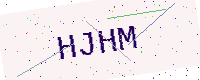
Text: HJHM